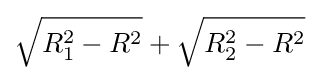
{\sqrt {R_{1}^{2}-R^{2}}}+{\sqrt {R_{2}^{2}-R^{2}}}